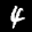
Label: 4